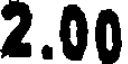
2.00